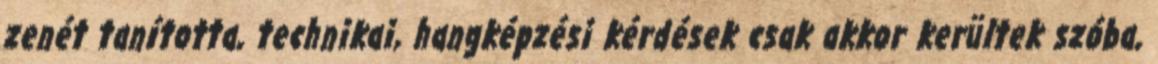
zenét tanította, technikai, hangképzési kérdések csak akkor kerültek szóba,